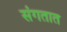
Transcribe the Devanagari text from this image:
संगतात